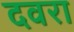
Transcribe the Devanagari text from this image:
दवरा